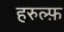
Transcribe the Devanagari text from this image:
हरुल्फ़